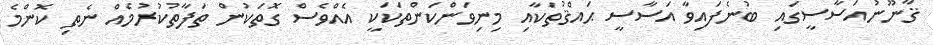
ޤާނޫނުއަސާސީގައި ބުނެފައިވާ އަސާސީ ޙައްޤުތަކާއި މިނިވަންކަންތަކަކީ އެއްވެސް ގޮތަކުން ތަފާތުކުރުމެއް ނެތި ކޮންމެ